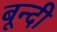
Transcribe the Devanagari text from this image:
बून्‍दी